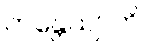
ကန္တေယျာတိ